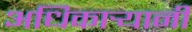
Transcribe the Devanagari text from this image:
अधिकार्‍यानी